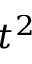
t ^ { 2 }